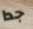
جدا